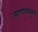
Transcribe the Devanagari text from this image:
ताणापासून